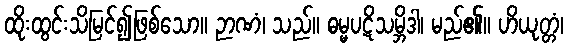
ထိုးထွင်းသိမြင်၍ဖြစ်သော။ ဉာဏံ၊ သည်။ ဓမ္မပဋိသမ္ဘိဒါ၊ မည်၏။ ဟိယုတ္တံ၊